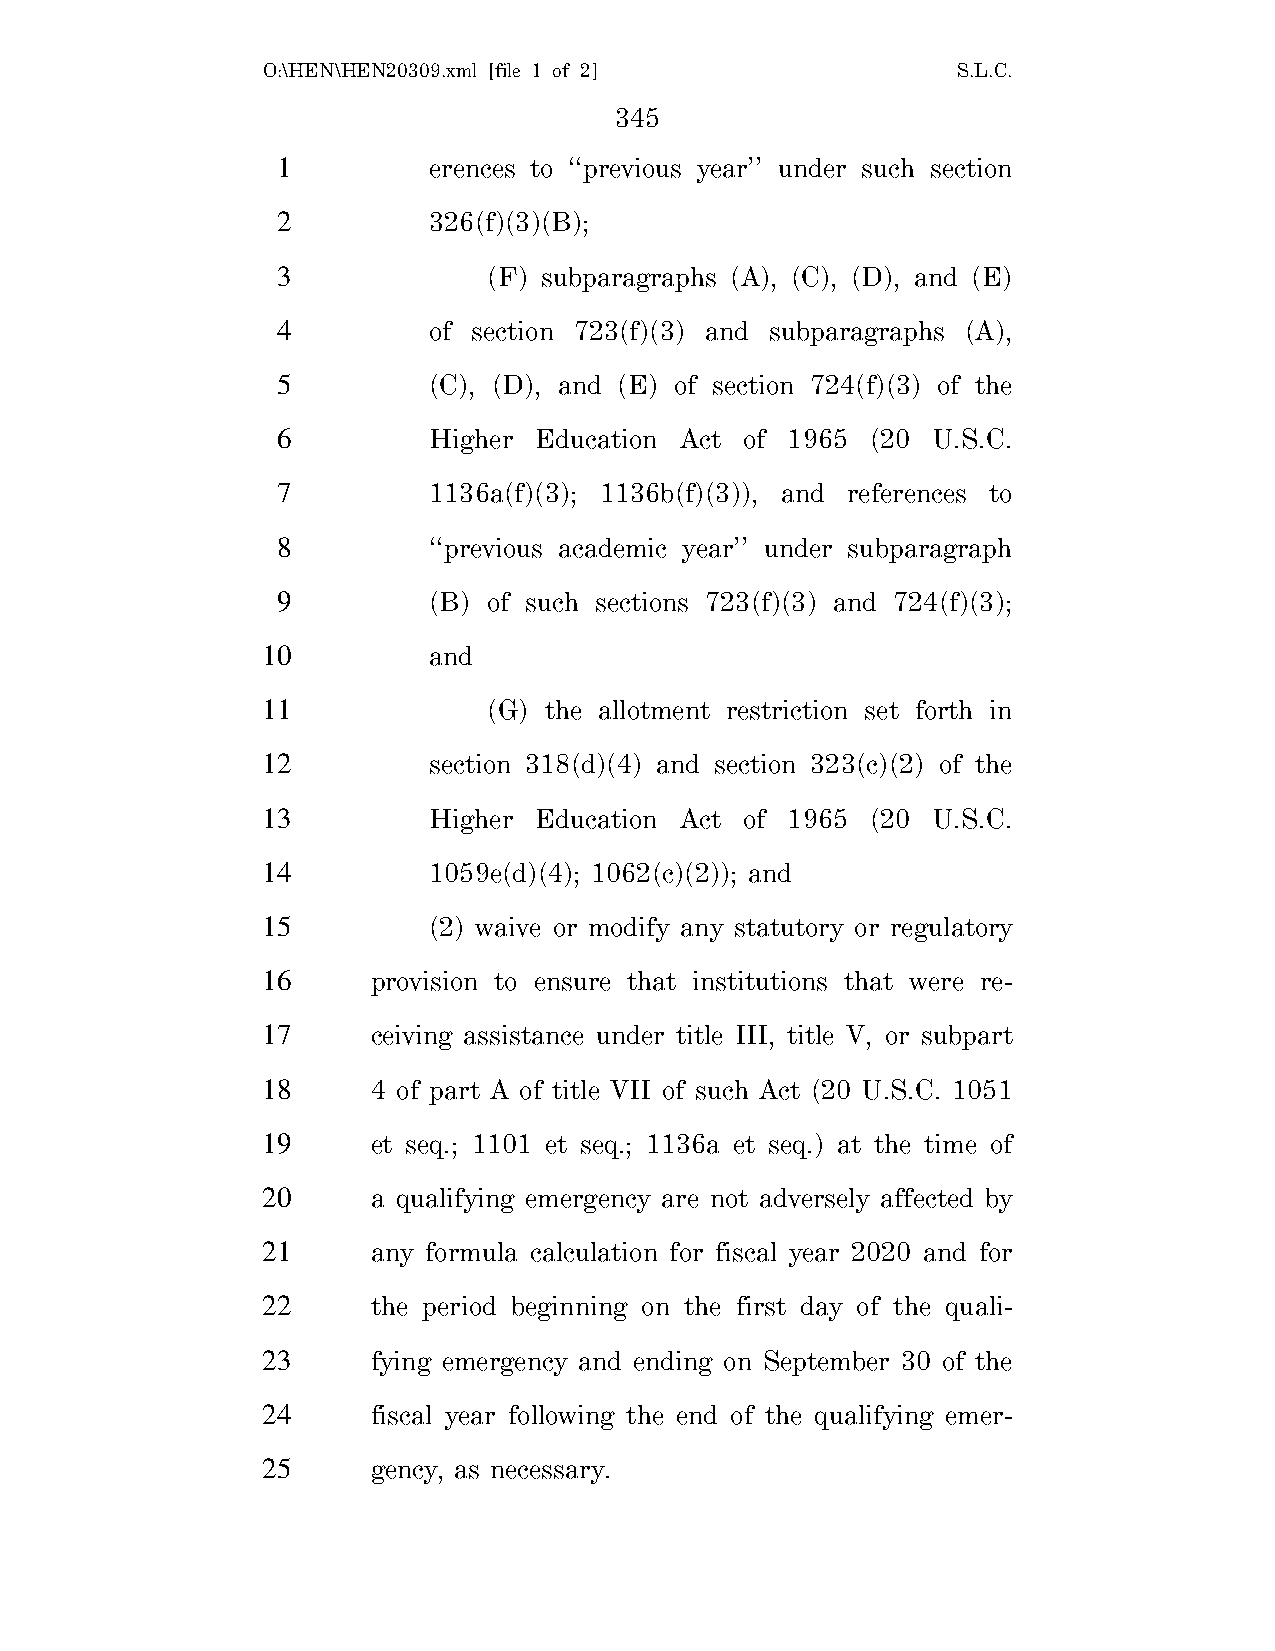
O:\HEN\HEN20309.xml [file 1 of 2]             S.L.C.
 345
 1         erences to ‘‘previous year’’ under such section
 2         326(f)(3)(B);
 3             (F) subparagraphs (A), (C), (D), and (E)
 4         of section 723(f)(3) and subparagraphs (A),
 5         (C), (D), and (E) of section 724(f)(3) of the
 6         Higher Education Act of 1965  (20 U.S.C.
 7         1136a(f)(3); 1136b(f)(3)), and references to
 8         ‘‘previous academic year’’ under subparagraph
 9         (B) of such sections 723(f)(3) and 724(f)(3);
 10         and
 11             (G) the allotment restriction set forth in
 12         section 318(d)(4) and section 323(c)(2) of the
 13         Higher Education Act of 1965  (20 U.S.C.
 14         1059e(d)(4); 1062(c)(2)); and
 15         (2) waive or modify any statutory or regulatory
 16      provision to ensure that institutions that were re-
 17      ceiving assistance under title III, title V, or subpart
 18      4 of part A of title VII of such Act (20 U.S.C. 1051
 19      et seq.; 1101 et seq.; 1136a et seq.) at the time of
 20      a qualifying emergency are not adversely affected by
 21      any formula calculation for fiscal year 2020 and for
 22      the period beginning on the first day of the quali-
 23      fying emergency and ending on September 30 of the
 24      fiscal year following the end of the qualifying emer-
 25      gency, as necessary.